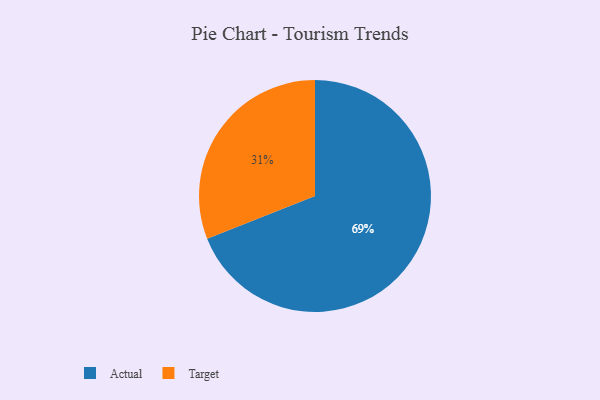
{"axis": {"x": "Category", "y": "Percentage"}, "legend": ["Actual", "Target"], "data": [{"x": "Target", "y": 31, "type": "Target"}, {"x": "Actual", "y": 69, "type": "Actual"}]}